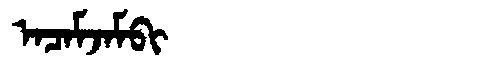
Manchu: ᠠᠴᠠᠮᠵᠠᠮᠪᡳ
Romanization: ACAMJAMBI